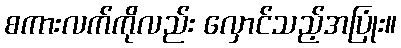
စကားလက်ကိုလည်း လှောင်သည့်အပြုံး။